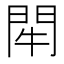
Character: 𨳯